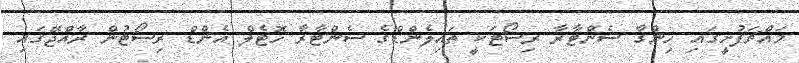
މައްޗަފުށީގައި ހިންގާ ސެންޓާރާ ރިސޯޓަކީ ތައިލެންޑްގެ ސެންޓާރާ ހޮޓެލް އެންޑް ރިސޯޓުން ރާއްޖޭގައި